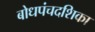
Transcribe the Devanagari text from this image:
बोधपंचदशिका